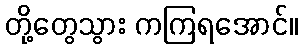
တို့တွေသွား ကကြရအောင်။